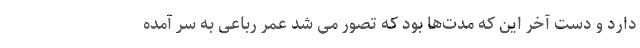
دارد و دست آخر این که مدت‌ها بود که تصور می شد عمر رباعی به سر آمده